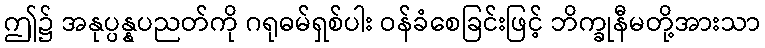
ဤ၌ အနုပ္ပန္နပညတ်ကို ဂရုဓမ်ရှစ်ပါး ဝန်ခံစေခြင်းဖြင့် ဘိက္ခုနီမတို့အားသာ